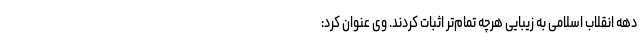
دهه انقلاب اسلامی به زیبایی هرچه تمام‌تر اثبات کردند. وی عنوان کرد: